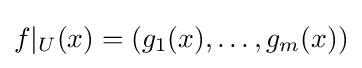
f|_{U}(x)=(g_{1}(x),\dots ,g_{m}(x))